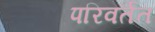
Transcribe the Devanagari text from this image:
परिवर्तत